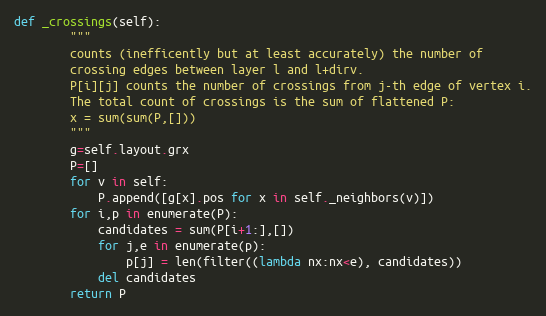
Language: Python
def _crossings(self):
        """
        counts (inefficently but at least accurately) the number of
        crossing edges between layer l and l+dirv.
        P[i][j] counts the number of crossings from j-th edge of vertex i.
        The total count of crossings is the sum of flattened P:
        x = sum(sum(P,[]))
        """
        g=self.layout.grx
        P=[]
        for v in self:
            P.append([g[x].pos for x in self._neighbors(v)])
        for i,p in enumerate(P):
            candidates = sum(P[i+1:],[])
            for j,e in enumerate(p):
                p[j] = len(filter((lambda nx:nx<e), candidates))
            del candidates
        return P